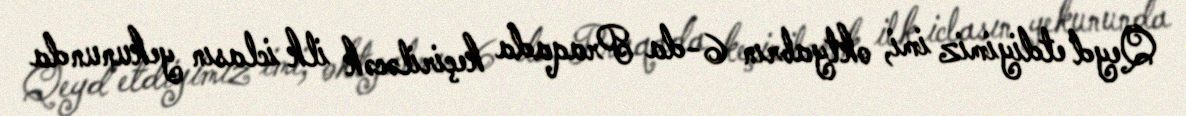
Qeyd etdiyimiz imi, oktyabrın 6-da Praqada keçiriləcək ilk iclasın yekununda